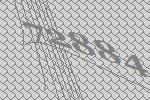
72884